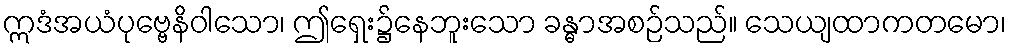
ဣဒံအယံပုဗ္ဗေနိဝါသော၊ ဤရှေး၌နေဘူးသော ခန္ဓာအစဉ်သည်။ သေယျထာကတမော၊